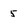
Character: 5